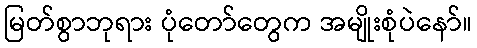
မြတ်စွာဘုရား ပုံတော်တွေက အမျိုးစုံပဲနော်။